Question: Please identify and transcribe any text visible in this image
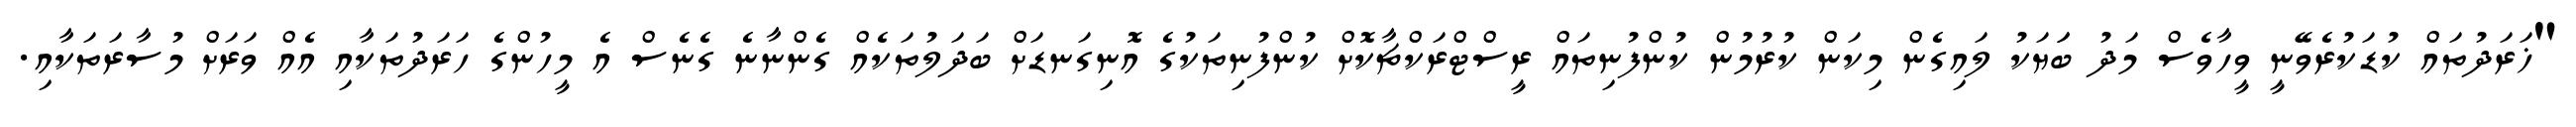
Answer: "ޚަރަދުތައް ކުޑަކުރެވޭނީ ވީހާވެސް މަދު ބަަޔަކު ލައިގެން މިކަން ކުރުމުން ކުންފުނިތައް ރީސްޓްރަކްޗާކޮށް ކުންފުނިތަކުގެ އޮނިގަނޑަށް ބަދަލުތަކެއް ގެންނާނެ ގެނެސް އެ މީހުންގެ ހަރަދުތަކާއި އެއް ވަރަށް މުސާރަތަކާއި.